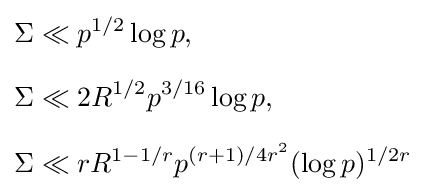
{\begin{aligned}\Sigma &\ll p^{1/2}\log p,\\[6pt]\Sigma &\ll 2R^{1/2}p^{3/16}\log p,\\[6pt]\Sigma &\ll rR^{1-1/r}p^{(r+1)/4r^{2}}(\log p)^{1/2r}\end{aligned}}